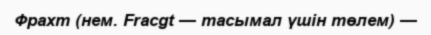
Фрахт (нем. Fracgt — тасымал үшін төлем) —